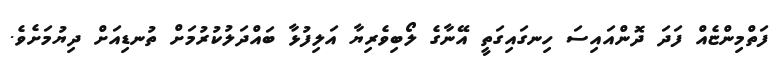
ފަތްމިންޏެއް ފަދަ ދޮންއައިސަ ހިނގައިގަތީ އޭނާގެ ލޯބިވެރިޔާ އަލިފުޅާ ބައްދަލުކުރުމަށް ތުނޑިއަށް ދިޔުމަށެވެ.